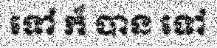
ទៅ ក៏ បាន ទៅ